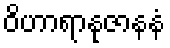
ဝိဟာရာနုဇာနနံ